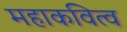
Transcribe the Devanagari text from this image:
महाकवित्व